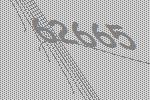
62665